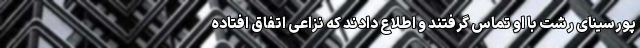
پورسینای رشت با او تماس گرفتند و اطلاع دادند که نزاعی اتفاق افتاده